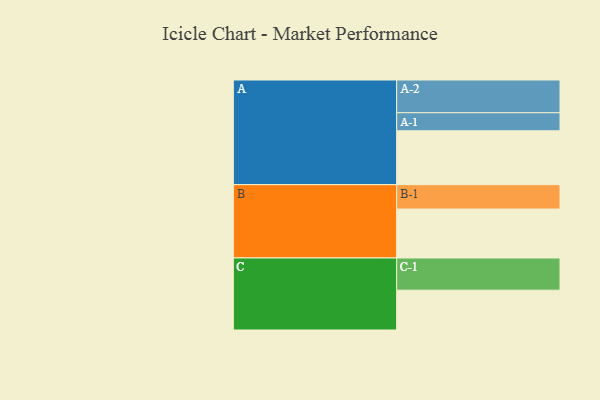
{"axis": {"x": "Segment", "y": "Value"}, "legend": ["", "A", "B", "C"], "data": [{"x": "A", "y": 492, "type": ""}, {"x": "B", "y": 447, "type": ""}, {"x": "C", "y": 364, "type": ""}, {"x": "A-1", "y": 165, "type": "A"}, {"x": "A-2", "y": 299, "type": "A"}, {"x": "B-1", "y": 223, "type": "B"}, {"x": "C-1", "y": 294, "type": "C"}]}